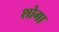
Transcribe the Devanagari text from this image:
शोगा